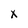
Character: X